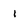
Character: 1